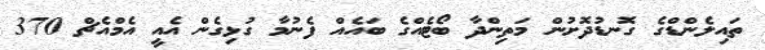
ތައިލެންޑްގެ ގޮނޑުދޮށުން މަތިންދާ ބޯޓެއްގެ ބައެއް ފެނުމާ ގުޅިގެން އެއީ އެމްއެޗް 370